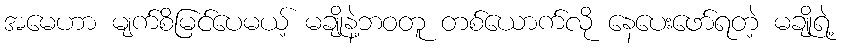
အမေဟာ မျက်စိမြင်ပေမယ့် မချိုနဲ့ဘဝတူ တစ်ယောက်လို နေပေးဖော်ရတဲ့ မချိုရဲ့